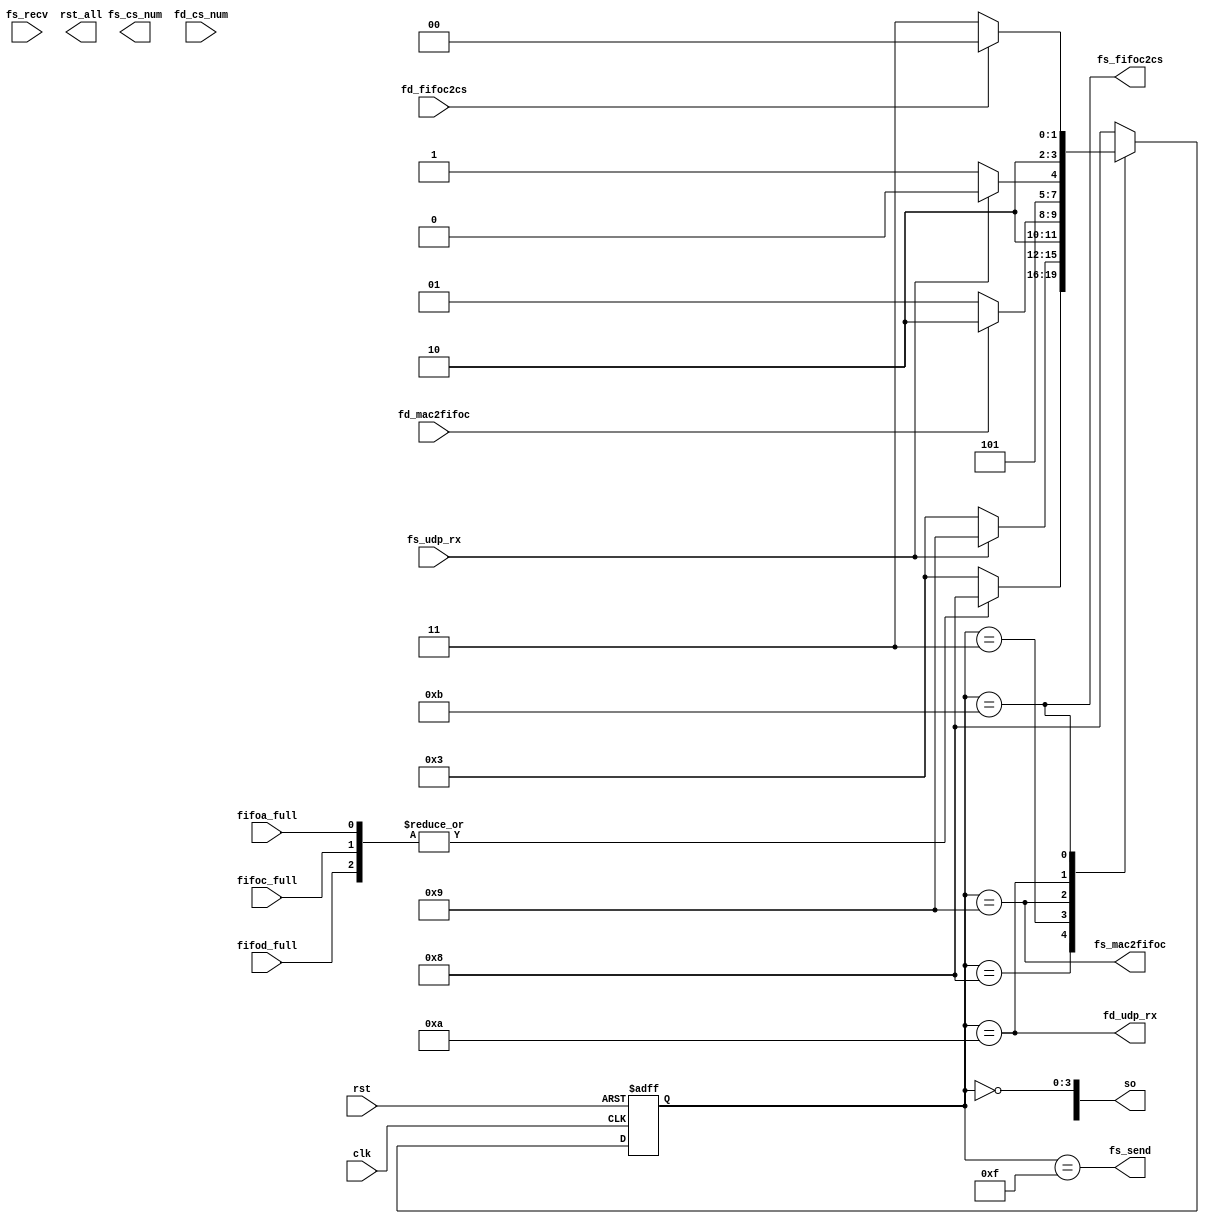
module cs_cmd(
    input clk,
    input rst,

    input fifoa_full,
    input fifoc_full,
    input fifod_full,

    output fs_send,
    input fs_recv,

    input fs_udp_rx,
    output fs_mac2fifoc,
    output fs_fifoc2cs,
    output fs_cs_num,

    output fd_udp_rx,
    input fd_mac2fifoc,
    input fd_fifoc2cs,
    input fd_cs_num,

    output rst_all,
    output [7:0] so
);

    reg [7:0] main_state, next_main_state;
    reg [7:0] int_state, next_int_state;
    wire fifo_check;



    localparam MAIN_IDLE = 8'h00, MAIN_WAIT = 8'h01, MAIN_INIT = 8'h02, MAIN_PREP = 8'h03;
    localparam MAIN_WORK = 8'h04;

    localparam INT_IDLE = 8'h00, INT_URXS = 8'h01, INT_UTOF = 8'h02, INT_FTOC = 8'h03;
    localparam INT_URXD = 8'h04, INT_CSNM = 8'h05, INT_DONE = 8'h06, INT_TEST = 8'h07;


    assign fifo_check = ~|{fifoa_full, fifoc_full, fifod_full};
    // assign fs_mac2fifoc = (int_state == INT_UTOF);
    // assign fs_fifoc2cs = (int_state == INT_FTOC);
    // assign fd_udp_rx = (int_state == INT_URXD);

    // TEST
    assign so[3:0] = ~state;

// #region
    // always @(posedge clk or posedge rst_all) begin
    //     if(rst_all) main_state <= MAIN_IDLE;
    //     else main_state <= next_main_state;
    // end

    // always @(posedge clk or posedge rst_all) begin
    //     if(rst_all) int_state <= INT_IDLE;
    //     else int_state <= next_int_state;
    // end

    // always @(*) begin
    //     case(main_state)
    //         MAIN_IDLE: begin
    //             if(fifo_check) next_main_state <= MAIN_WAIT;
    //             else next_main_state <= MAIN_IDLE;
    //         end
    //         MAIN_WAIT: begin
    //             if(fs_udp_rx) next_main_state <= MAIN_INIT;
    //             else next_main_state <= MAIN_INIT;
    //         end
    //         MAIN_INIT: begin
    //             if(fd_udp_rx) next_main_state <= MAIN_PREP;
    //             else next_main_state <= MAIN_INIT;
    //         end
    //         MAIN_PREP: begin
    //             if(fs_udp_rx) next_main_state <= MAIN_INIT;
    //             else next_main_state <= MAIN_PREP;
    //         end
    //         default: next_main_state <= MAIN_IDLE;  
    //     endcase
    // end

    // always @(*) begin
    //     case(int_state)
    //         INT_IDLE: begin
    //             if(main_state == MAIN_INIT) next_int_state <= INT_URXS;
    //             else next_int_state <= INT_IDLE;
    //         end
    //         INT_URXS: begin
    //             if(fs_udp_rx) next_int_state <= INT_UTOF;
    //             else next_int_state <= INT_URXS;
    //         end
    //         INT_UTOF: begin
    //             if(fd_mac2fifoc) next_int_state <= INT_URXD;
    //             else next_int_state <= INT_UTOF;
    //         end
    //         INT_URXD: begin
    //             if(fs_udp_rx == 1'b0) next_int_state <= INT_FTOC;
    //             else next_int_state <= INT_URXD;
    //         end
    //         INT_FTOC: begin
    //             if(fd_fifoc2cs) next_int_state <= INT_DONE;
    //             else next_int_state <= INT_FTOC;
    //         end

    //         INT_CSNM: begin
    //             if(fd_cs_num) next_int_state <= INT_DONE;
    //             else next_int_state <= INT_FTOC;
    //         end
    //         INT_DONE: next_int_state <= INT_IDLE;
    //         default: next_int_state <= INT_IDLE;
    //     endcase
    // end

// #endregion
    
    reg [3:0] state, next_state;
    localparam IDLE = 4'h8, MCFC = 4'h9, UPRX = 4'hA, FIFR = 4'hB;
    localparam TEST = 4'h3, HAHA = 4'hF;
    localparam T0 = 4'h4, T1 = 4'h5, T2 = 4'h6, T3 = 4'h7;

    assign fs_mac2fifoc = (state == MCFC);
    assign fd_udp_rx = (state == UPRX);
    assign fs_fifoc2cs = (state == FIFR);
    assign fs_send = (state == HAHA);
    // assign fs_send = fifo_check;


// #endregion

    always @(posedge clk or posedge rst) begin
        if(rst) state <= IDLE;
        else state <= next_state;
    end

    always @(*) begin
        case(state)
            IDLE: begin
                if(fifo_check) next_state <= TEST;
                else next_state <= IDLE; 
            end
            TEST: begin
                if(fs_udp_rx) next_state <= MCFC;
                else next_state <= TEST;
            end
            MCFC: begin
                if(fd_mac2fifoc) next_state <= UPRX;
                else next_state <= MCFC;
            end
            UPRX: begin
                if(fs_udp_rx == 1'b0) next_state <= FIFR;
                else next_state <= UPRX;
            end
            FIFR: begin
                if(fd_fifoc2cs) next_state <= IDLE;
                else next_state <= FIFR; 
            end
            default: next_state <= IDLE;
        endcase
    end

endmodule